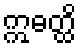
ဣဓတ္ထိ